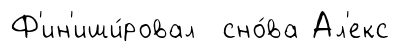
Ф'ин'иши́ровал сно́ва Ал'екс